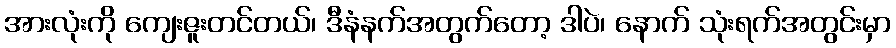
အားလုံးကို ကျေးဇူးတင်တယ်၊ ဒီနံနက်အတွက်တော့ ဒါပဲ၊ နောက် သုံးရက်အတွင်းမှာ